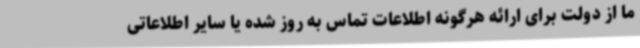
ما از دولت برای ارائه هرگونه اطلاعات تماس به روز شده یا سایر اطلاعاتی